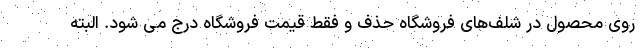
روی محصول در شلف‌های فروشگاه حذف و فقط قیمت فروشگاه درج می شود. البته